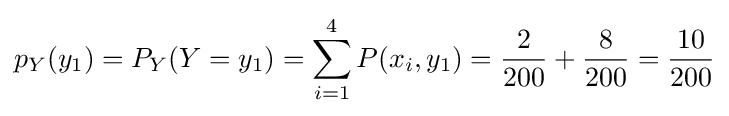
p_{Y}(y_{1})=P_{Y}(Y=y_{1})=\sum _{i=1}^{4}P(x_{i},y_{1})={\frac {2}{200}}+{\frac {8}{200}}={\frac {10}{200}}